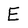
Character: E